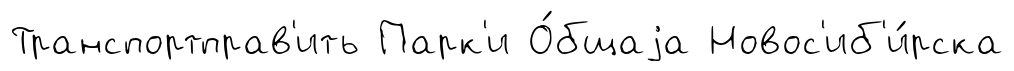
Транспортправ'ить Парк'и О́бщаjа Новос'иб'и́рска